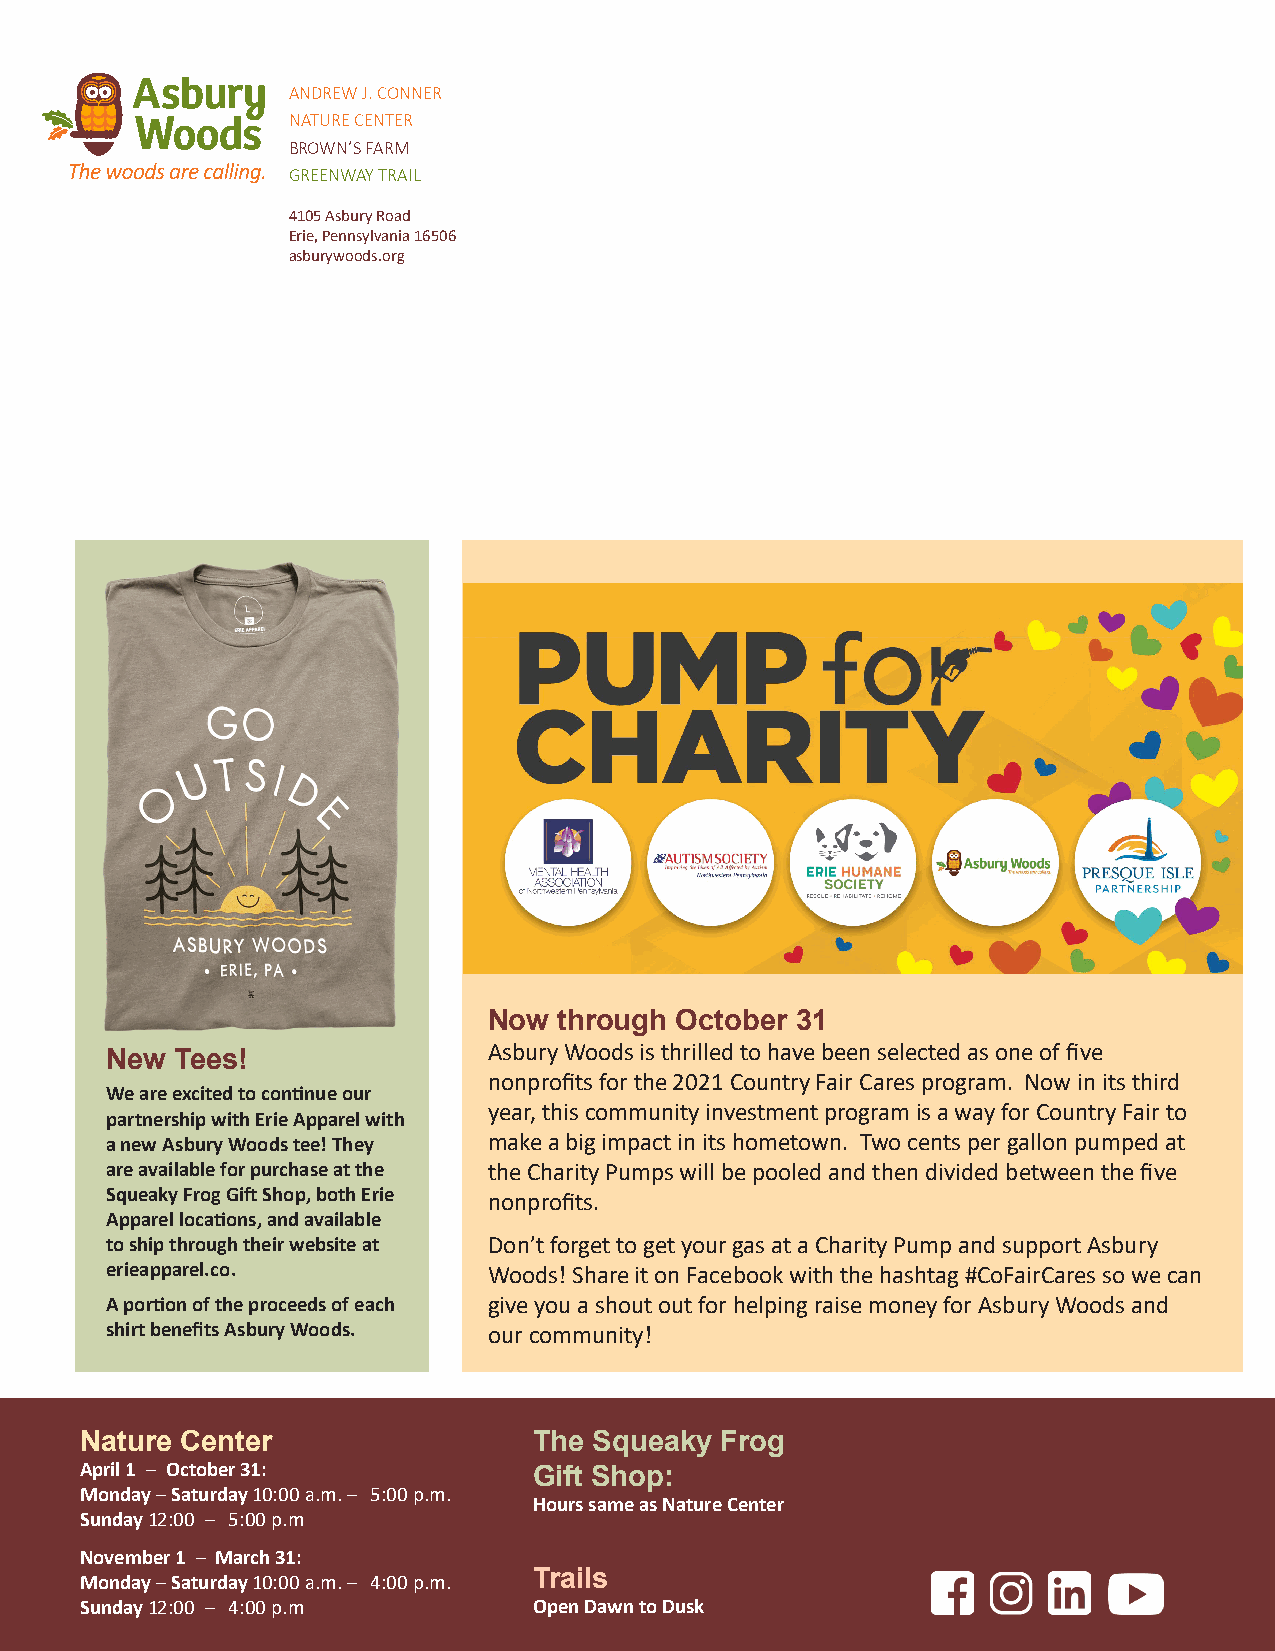
ANDREW J. CONNER
 NATURE CENTER
 BROWN’S FARM
 GREENWAY TRAIL
 4105 Asbury Road
 Erie, Pennsylvania 16506
 asburywoods.org
 Now  through October 31
 Asbury Woods is thrilled to have been selected as one of five
 New  Tees!
 nonprofits for the 2021 Country Fair Cares program. Now in its third
 We are excited to continue our
 year, this community investment program is a way for Country Fair to
 partnership with Erie Apparel with
 a new Asbury Woods tee! They make a big impact in its hometown. Two cents per gallon pumped at
 are available for purchase at the the Charity Pumps will be pooled and then divided between the five
 Squeaky Frog Gift Shop, both Erie nonprofits.
 Apparel locations, and available
 to ship through their website at Don’t forget to get your gas at a Charity Pump and support Asbury
 erieapparel.co.          Woods! Share it on Facebook with the hashtag #CoFairCares so we can
 A portion of the proceeds of each give you a shout out for helping raise money for Asbury Woods and
 shirt benefits Asbury Woods. our community!
 Nature Center                 The Squeaky  Frog
 April 1 – October 31:         Gift Shop:
 Monday – Saturday 10:00 a.m. – 5:00 p.m.
 Hours same as Nature Center
 Sunday 12:00 – 5:00 p.m
 November 1 – March 31:
 Monday – Saturday 10:00 a.m. – 4:00 p.m. Trails
 Sunday 12:00 – 4:00 p.m       Open Dawn to Dusk